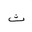
Letter: _tha